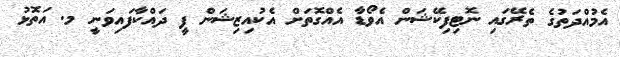
އެމުއްދަތުގެ ތެރޭގައި ނޮޓިފިކޭޝަން އެވޯޑާ އެއްގޮތަށް އެކުއިޒިޝަން ފީ ދައްކާފައިވަނީ މ. އަތޮޅު